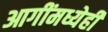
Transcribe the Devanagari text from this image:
आगींमध्येही